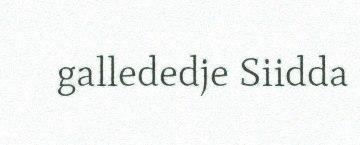
gallededje Siidda